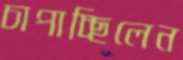
চাপাচ্ছিলেন